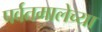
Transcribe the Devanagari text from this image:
पर्वतमालेच्या